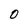
Character: O